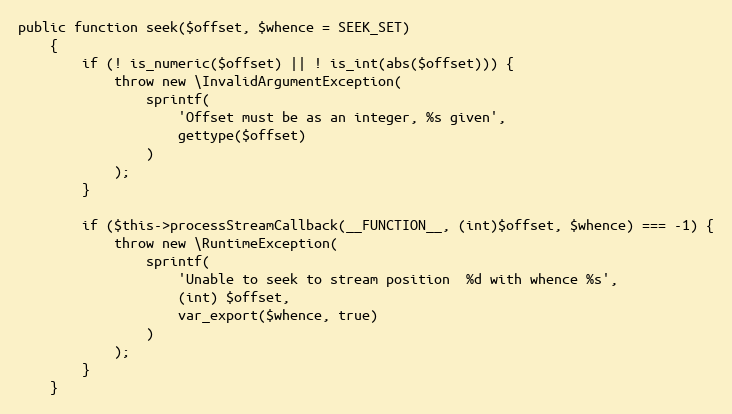
Language: PHP
public function seek($offset, $whence = SEEK_SET)
    {
        if (! is_numeric($offset) || ! is_int(abs($offset))) {
            throw new \InvalidArgumentException(
                sprintf(
                    'Offset must be as an integer, %s given',
                    gettype($offset)
                )
            );
        }

        if ($this->processStreamCallback(__FUNCTION__, (int)$offset, $whence) === -1) {
            throw new \RuntimeException(
                sprintf(
                    'Unable to seek to stream position  %d with whence %s',
                    (int) $offset,
                    var_export($whence, true)
                )
            );
        }
    }